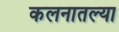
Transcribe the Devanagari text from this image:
कलनातल्या